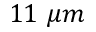
1 1 \ \mu m